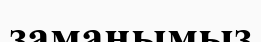
заманымыз